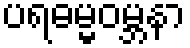
ပရဓမ္မဝမ္ဘနာ